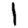
Digit: 1